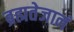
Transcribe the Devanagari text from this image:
ब्रह्मतेजानं